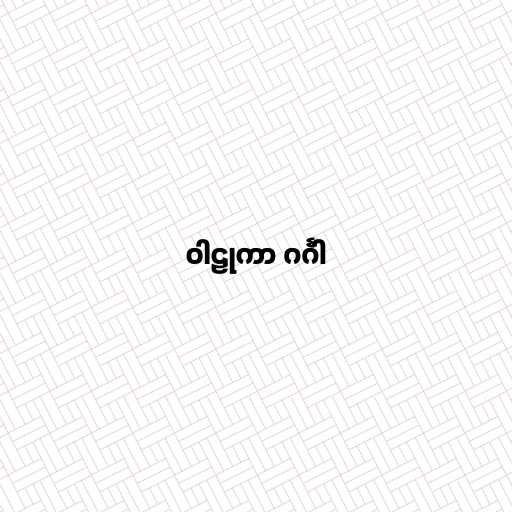
ဝါဠုကာ ဂင်္ဂါ